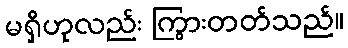
မရှိဟုလည်း ကြွားတတ်သည်။